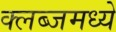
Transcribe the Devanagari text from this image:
क्लब्जमध्ये